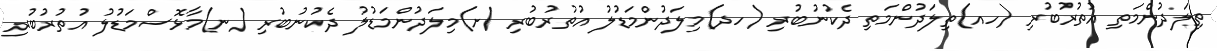
ތިލަދުންމަތި އުތުރުބުރި (ހއ)ތިލަދުންމަތި ދެކުނުބުރި (ހދ)މިލަދުންމަޑުލު އުތުރުބުރި (ށ)މިލަދުންމަޑުލު ދެކުނުބުރި (ނ)މާޅޮސްމަޑުލު އުތުރުބުރި